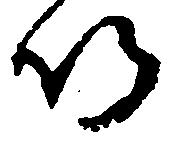
以